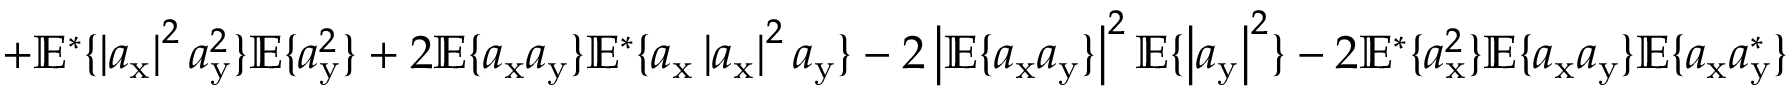
+ \mathbb { E } ^ { * } \{ \left| a _ { \mathrm { x } } \right| ^ { 2 } a _ { \mathrm { y } } ^ { 2 } \} \mathbb { E } \{ a _ { \mathrm { y } } ^ { 2 } \} + 2 \mathbb { E } \{ a _ { \mathrm { x } } a _ { \mathrm { y } } \} \mathbb { E } ^ { * } \{ a _ { \mathrm { x } } \left| a _ { \mathrm { x } } \right| ^ { 2 } a _ { \mathrm { y } } \} - 2 \left| \mathbb { E } \{ a _ { \mathrm { x } } a _ { \mathrm { y } } \} \right| ^ { 2 } \mathbb { E } \{ \left| a _ { \mathrm { y } } \right| ^ { 2 } \} - 2 \mathbb { E } ^ { * } \{ a _ { \mathrm { x } } ^ { 2 } \} \mathbb { E } \{ a _ { \mathrm { x } } a _ { \mathrm { y } } \} \mathbb { E } \{ a _ { \mathrm { x } } a _ { \mathrm { y } } ^ { * } \}